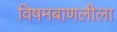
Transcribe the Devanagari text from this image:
विषमबाणलीला